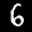
Label: 6